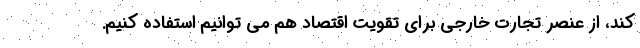
کند، از عنصر تجارت خارجی برای تقویت اقتصاد هم می توانیم استفاده کنیم.